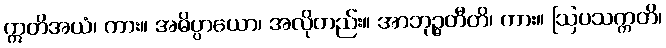
ဣတိအယံ၊ ကား။ အဓိပ္ပာယော၊ အလိုတည်း။ အာဘုဉ္ဇတီတိ၊ ကား။ ဩပသက္ကတိ၊